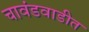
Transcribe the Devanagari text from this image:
चावंडवाडीत